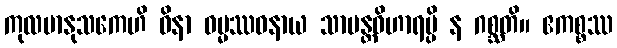
ကုလမာနုသကေဟိ ဝိနာ ဓမ္မဿဝနာယ သာမန္တဝိဟာရမ္ပိ န ဂစ္ဆတိ။ ဧကစ္စဿ